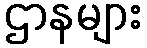
ဌာနများ